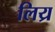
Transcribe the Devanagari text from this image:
लिय्र